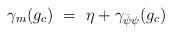
LaTeX: \begin{align*}\gamma_m(g_c) ~=~ \eta + \gamma_{\bar{\psi}\psi}(g_c)\end{align*}